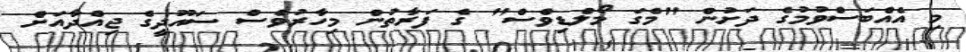
މި އެއްބަސްވުމުގެ ދަށުން "މެގަ މޯލްޑިވްސް" ގެ ފަރާތުން މިހާރުވެސް ސައޫދީގެ ޖިއްދާއަށް